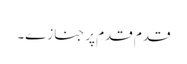
قدم قدم پر جنازے۔